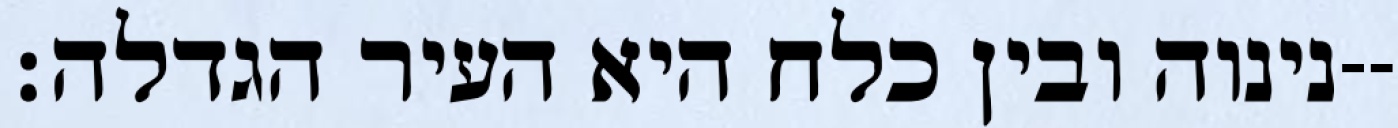
נינוה ובין כלח היא העיר הגדלה׃--